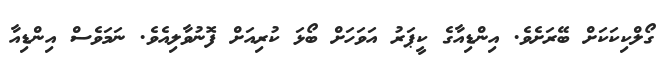
ގޯލްކިކަކަށް ބޭރަށެވެ. އިންޑިއާގެ ކީޕަރު އަވަހަށް ބޯޅަ ކުރިއަަށް ފޮނުވާލިއެވެ. ނަމަވެސް އިންޑިއާ